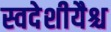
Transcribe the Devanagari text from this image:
स्वदेशीयैश्च